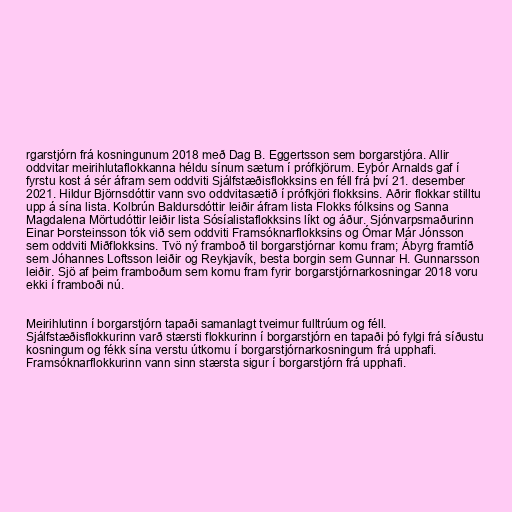
rgarstjórn frá kosningunum 2018 með Dag B. Eggertsson sem borgarstjóra. Allir
oddvitar meirihlutaflokkanna héldu sínum sætum í prófkjörum. Eyþór Arnalds gaf í
fyrstu kost á sér áfram sem oddviti Sjálfstæðisflokksins en féll frá því 21. desember
2021. Hildur Björnsdóttir vann svo oddvitasætið í prófkjöri flokksins. Aðrir flokkar stilltu
upp á sína lista. Kolbrún Baldursdóttir leiðir áfram lista Flokks fólksins og Sanna
Magdalena Mörtudóttir leiðir lista Sósíalistaflokksins líkt og áður. Sjónvarpsmaðurinn
Einar Þorsteinsson tók við sem oddviti Framsóknarflokksins og Ómar Már Jónsson
sem oddviti Miðflokksins. Tvö ný framboð til borgarstjórnar komu fram; Ábyrg framtíð
sem Jóhannes Loftsson leiðir og Reykjavík, besta borgin sem Gunnar H. Gunnarsson
leiðir. Sjö af þeim framboðum sem komu fram fyrir borgarstjórnarkosningar 2018 voru
ekki í framboði nú.

Meirihlutinn í borgarstjórn tapaði samanlagt tveimur fulltrúum og féll.
Sjálfstæðisflokkurinn varð stærsti flokkurinn í borgarstjórn en tapaði þó fylgi frá síðustu
kosningum og fékk sína verstu útkomu í borgarstjórnarkosningum frá upphafi.
Framsóknarflokkurinn vann sinn stærsta sigur í borgarstjórn frá upphafi.